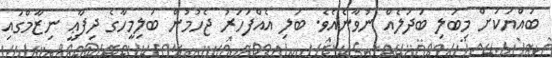
ބައްޔަކަށް މިބަލި ބަދަލެއް ނުވާނެއެވެ. ބަލި އެއްފަހަރު ޖެހުމުން ބަލިމީހާގެ ދިފާޢީ ނިޒާމްގައި